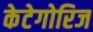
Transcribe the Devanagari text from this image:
केटेगोरिज